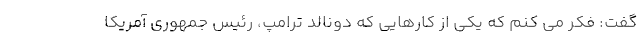
گفت: فکر می کنم که یکی از کارهایی که دونالد ترامپ، رئیس جمهوری آمریکا